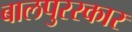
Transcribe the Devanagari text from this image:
बालपुरस्कार